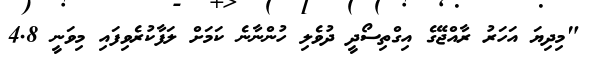
"މިދިޔަ އަހަރު ރާއްޖޭގެ އިގްތިސޯދީ ދުވެލި ހުންނާނެ ކަމަށް ލަފާކުރެވިފައި މިވަނީ 4.8